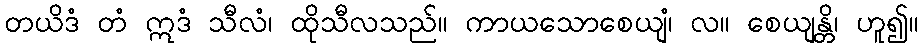
တယိဒံ တံ ဣဒံ သီလံ၊ ထိုသီလသည်။ ကာယသောစေယျံ၊ လ။ စေယျန္တိ၊ ဟူ၍။